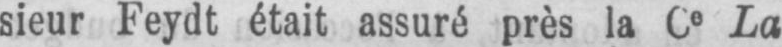
La